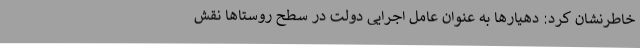
خاطرنشان کرد: دهیارها به عنوان عامل اجرایی دولت در سطح روستاها نقش